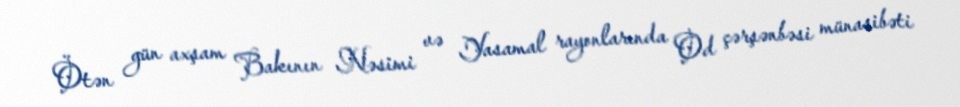
Ötən gün axşam Bakının Nəsimi və Yasamal rayonlarında Od çərşənbəsi münasibəti